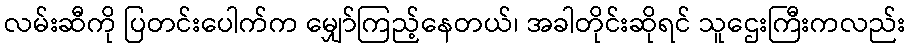
လမ်းဆီကို ပြတင်းပေါက်က မျှော်ကြည့်နေတယ်၊ အခါတိုင်းဆိုရင် သူဌေးကြီးကလည်း